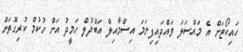
ހައިކޯޓަށް އެ މައްސަލަ ވައްދައިފިނަމަ އިސްމާއިލް އަބްދުލް ހަމީދު އަށް ހުކުމް ކުރިގޮތަށް